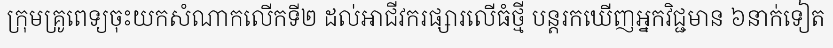
ក្រុមគ្រូពេទ្យចុះយកសំណាកលើកទី២ ដល់អាជីវករផ្សារលើធំថ្មី បន្តរកឃើញអ្នកវិជ្ជមាន ៦នាក់ទៀត